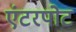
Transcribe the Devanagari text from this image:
एंटरपोट